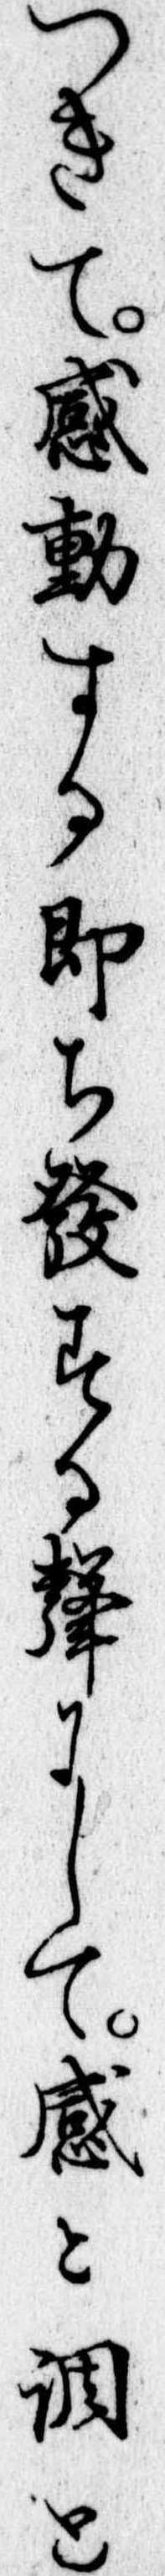
つきて感動する即ち発する声にして感と調と